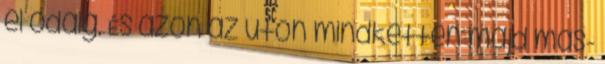
el odáig. És azon az úton mindketten majd más-